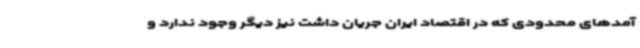
آمدهای محدودی که در اقتصاد ایران جریان داشت نیز دیگر وجود ندارد و